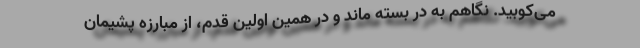
می‌کوبید. نگاهم به در بسته ماند و در همین اولین قدم، از مبارزه پشیمان